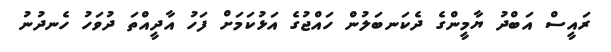
ރައީސް އަބްދު ޔާމީންގެ ދެކަނބަލުން ހައްޖުގެ އަޅުކަމަށް ފަހު އާދީއްތަ ދުވަހު ހެނދުނު